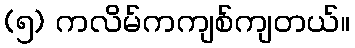
(၅) ကလိမ်ကကျစ်ကျတယ်။